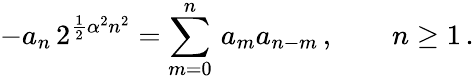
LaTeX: -a_{n}\, 2^{{\frac{1}{2}}\alpha^{2}n^{2}}=\sum_{m=0}^{n}\, a_{m}a_{n-m}\, ,\qquad n\geq 1\, .